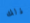
ذلك